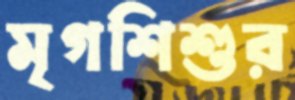
মৃগশিশুর